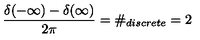
\frac { \delta ( - \infty ) - \delta ( \infty ) } { 2 \pi } = \# _ { d i s c r e t e } = 2